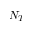
N _ { T }